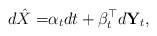
\begin{align*}d\hat{X} = & \alpha_t dt + \beta_t^{\top}d\mathbf{Y}_t ,\end{align*}